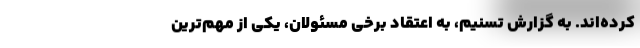
کرده‌اند. به گزارش تسنیم، به اعتقاد برخی مسئولان، یکی از مهم‌ترین